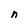
Character: n